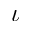
\iota